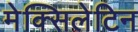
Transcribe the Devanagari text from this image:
मेक्सिलेटिन